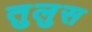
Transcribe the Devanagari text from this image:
तुलुस